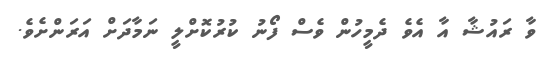
ވާ ރައުޝާ އާ އެވެ ދެމީހުން ވެސް ފޯނު ކުރުކޮށްލީ ނަމާދަށް އަރަންށެވެ.